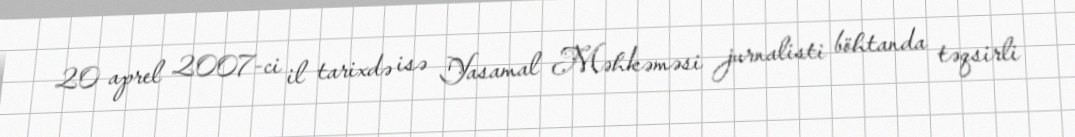
20 aprel 2007-ci il tarixdə isə Yasamal Məhkəməsi jurnalisti böhtanda təqsirli